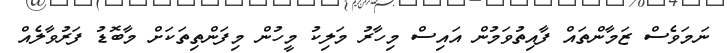
ނަމަވެސް ޒަމާންތައް ފާއިތުވަމުން އައިސް މިހާރު މަލިކު މީހުން މިފަންތިތަކަށް މާބޮޑު ފަރުވާލެއް